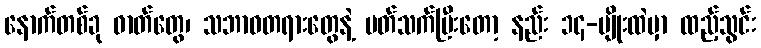
နောက်တစ်ခု ဓာတ်တွေ၊ သဘာဝတရားတွေနဲ့ ပတ်သက်ပြီးတော့ နည်း ၁၄-မျိုးထဲမှာ ထည့်သွင်း